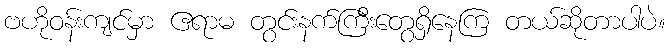
ဗဟိုဝန်းကျင်မှာ ဧရာမ တွင်းနက်ကြီးတွေရှိနေကြ တယ်ဆိုတာပါပဲ။